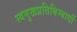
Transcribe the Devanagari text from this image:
स्वमुखप्रतिबिम्बार्थी